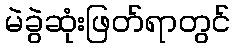
မဲခွဲဆုံးဖြတ်ရာတွင်